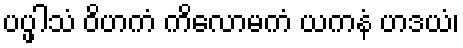
ပပ္ဖါသံ ဝိဟကံ ကိလောမကံ ယကနံ ဟဒယံ၊